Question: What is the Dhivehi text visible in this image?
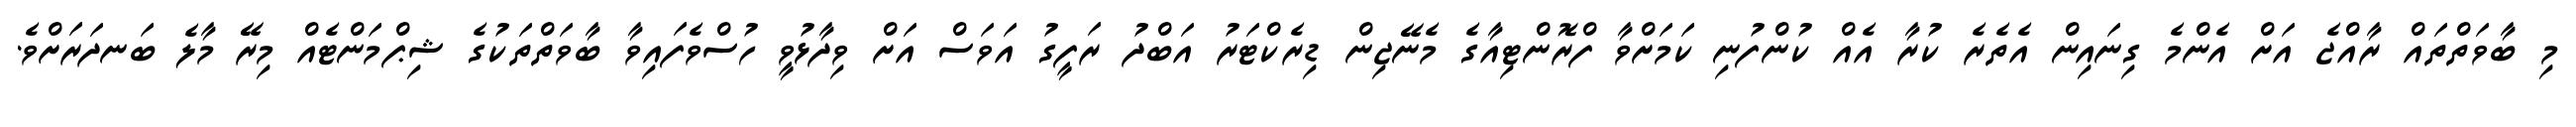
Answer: މި ބާވަތްތައް ރާއްޖެ އަށް އެންމެ ގިނައިން އެތެރެ ކުރާ އެއް ކުންފުނި ކަމަށްވާ ފްރޮންޓިއާގެ މެނޭޖިން ޑިރެކްޓަރު އަބްދު ރަފީގު އަވަސް އަށް ވިދާޅުވީ ހުސްވެފައިވާ ބާވަތްތަކުގެ ޝިޕްމަންޓެއް މިރޭ މާލެ ބަނދަރަށްވެ.